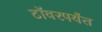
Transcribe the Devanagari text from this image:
टॉवरपर्यंत